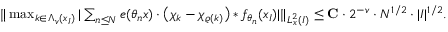
\begin{array} { r } { \| \operatorname* { m a x } _ { k \in \Lambda _ { v } ( x _ { I } ) } | \sum _ { n \leq N } e ( \theta _ { n } x ) \cdot \big ( \chi _ { k } - \chi _ { \varrho ( k ) } \big ) * f _ { \theta _ { n } } ( x _ { I } ) | \| _ { L _ { x } ^ { 2 } ( I ) } \leq \mathbf { C } \cdot 2 ^ { - v } \cdot N ^ { 1 / 2 } \cdot | I | ^ { 1 / 2 } . } \end{array}